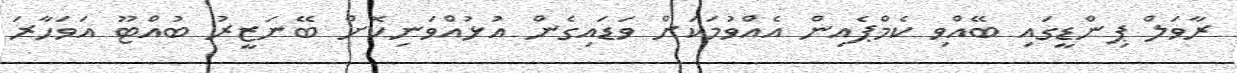
ރާވަލް ޕިންޑީގައި ބޭއްވި ކެމްޕެއިން އެއްވުމަކަށް ވަޑައިގެން އުޅުއްވަނިކޮށް ބޭނަޒީރު ބުއްޓޫ އަވަހާރަ